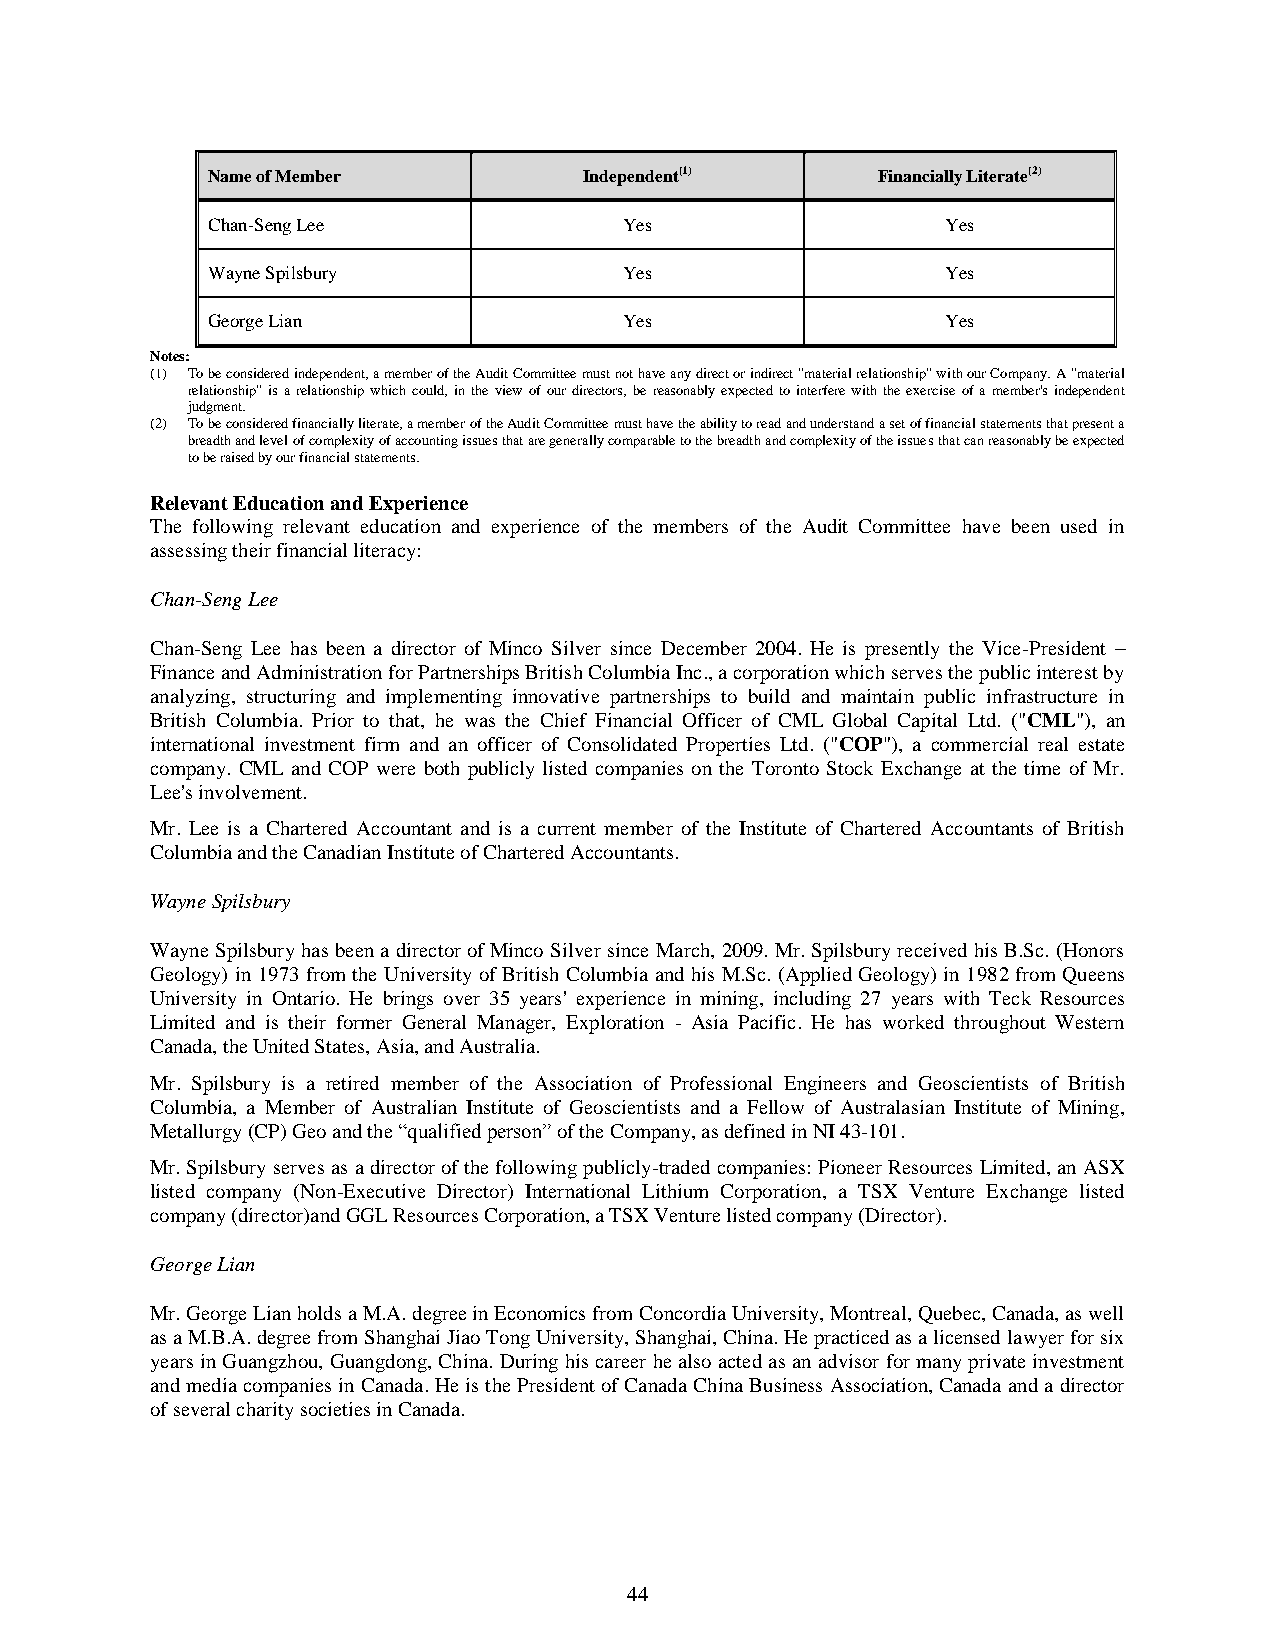
Name of Member           Independent(1)     Financially Literate(2)
 Chan-Seng Lee              Yes                   Yes
 Wayne Spilsbury            Yes                   Yes
 George Lian                Yes                   Yes
 Notes:
 (1) To be considered independent, a member of the Audit Committee must not have any direct or indirect "material relationship" with our Company. A "material
 relationship" is a relationship which could, in the view of our directors, be reasonably expected to interfere with the exercise of a member's independent
 judgment.
 (2) To be considered financially literate, a member of the Audit Committee must have the ability to read and understand a set of financial statements that present a
 breadth and level of complexity of accounting issues that are generally comparable to the breadth and complexity of the issues that can reasonably be expected
 to be raised by our financial statements.
 Relevant Education and Experience
 The following relevant education and experience of the members of the Audit Committee have been used in
 assessing their financial literacy:
 Chan-Seng Lee
 Chan-Seng Lee has been a director of Minco Silver since December 2004. He is presently the Vice-President –
 Finance and Administration for Partnerships British Columbia Inc., a corporation which serves the public interest by
 analyzing, structuring and implementing innovative partnerships to build and maintain public infrastructure in
 British Columbia. Prior to that, he was the Chief Financial Officer of CML Global Capital Ltd. ("CML"), an
 international investment firm and an officer of Consolidated Properties Ltd. ("COP"), a commercial real estate
 company. CML and COP were both publicly listed companies on the Toronto Stock Exchange at the time of Mr.
 Lee's involvement.
 Mr. Lee is a Chartered Accountant and is a current member of the Institute of Chartered Accountants of British
 Columbia and the Canadian Institute of Chartered Accountants.
 Wayne Spilsbury
 Wayne Spilsbury has been a director of Minco Silver since March, 2009. Mr. Spilsbury received his B.Sc. (Honors
 Geology) in 1973 from the University of British Columbia and his M.Sc. (Applied Geology) in 1982 from Queens
 University in Ontario. He brings over 35 years' experience in mining, including 27 years with Teck Resources
 Limited and is their former General Manager, Exploration - Asia Pacific. He has worked throughout Western
 Canada, the United States, Asia, and Australia.
 Mr. Spilsbury is a retired member of the Association of Professional Engineers and Geoscientists of British
 Columbia, a Member of Australian Institute of Geoscientists and a Fellow of Australasian Institute of Mining,
 Metallurgy (CP) Geo and the “qualified person” of the Company, as defined in NI 43-101.
 Mr. Spilsbury serves as a director of the following publicly-traded companies: Pioneer Resources Limited, an ASX
 listed company (Non-Executive Director) International Lithium Corporation, a TSX Venture Exchange listed
 company (director)and GGL Resources Corporation, a TSX Venture listed company (Director).
 George Lian
 Mr. George Lian holds a M.A. degree in Economics from Concordia University, Montreal, Quebec, Canada, as well
 as a M.B.A. degree from Shanghai Jiao Tong University, Shanghai, China. He practiced as a licensed lawyer for six
 years in Guangzhou, Guangdong, China. During his career he also acted as an advisor for many private investment
 and media companies in Canada. He is the President of Canada China Business Association, Canada and a director
 of several charity societies in Canada.
 44